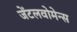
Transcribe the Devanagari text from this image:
जेंटलवोमेन्स